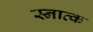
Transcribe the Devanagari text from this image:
स्नात्क